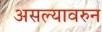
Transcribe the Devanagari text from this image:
असल्यावरुन